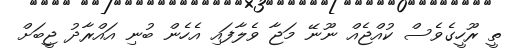
ތީ ރޫހީގެވެސް ކުއްޖެއް ނޫނޭ މަޖާ ވެލާފައި އެހެން ބުނި އައްރާދު ޖީބަށް